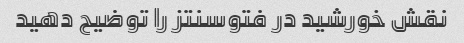
نقش خورشید در فتوسنتز را توضیح دهید